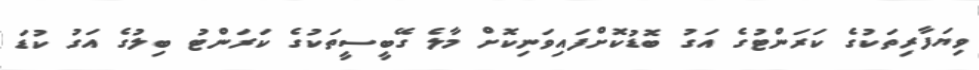
ވިޔަފާރިތަކުގެ ކަރަންޓުގެ އަގު ބޮޑުކޮށްފައިވަނިކޮށް މާލެ ގޭބީސީތަކުގެ ކަރަންޓު ބިލުގެ އަގު ކުޑަ